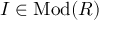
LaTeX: I \in { \mathrm { M o d } } ( R )